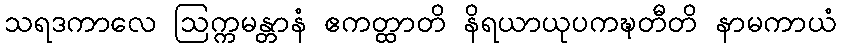
သရဒကာလေ ဩက္ကမန္တာနံ ဧကတ္ထာတိ နိရယာယုပကဍ္ဎတီတိ နာမကာယံ